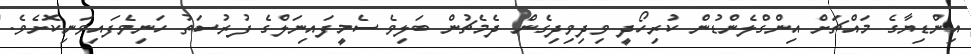
އިންޑިޔާގެ މައްޗަށް އިންގްލެންޑުން ކުރިހޯދީ ވިދިވިދިގެން ދެމެޗުން ބަލިވެ ސެމީފައިނަލްގެ ފުރުސަތު ހަނިވެފައިވަނިކޮށެވެ.